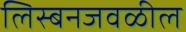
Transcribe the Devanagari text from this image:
लिस्बनजवळील